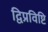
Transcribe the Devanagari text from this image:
द्विप्रविष्टि